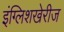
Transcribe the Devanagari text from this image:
इंग्लिशखेरीज